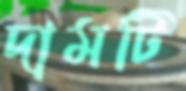
দামটি